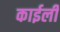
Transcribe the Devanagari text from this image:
काईली